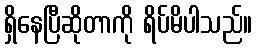
ရှိနေပြီဆိုတာကို ရိပ်မိပါသည်။